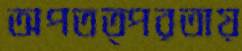
অপতত্পরতায়